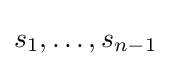
s_{1},\ldots ,s_{n-1}